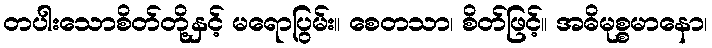
တပါးသောစိတ်တို့နှင့် မရောပြွမ်း။ စေတသာ၊ စိတ်ဖြင့်။ အဓိမုစ္စမာနော၊